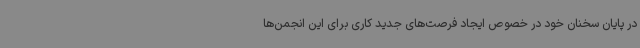
در پایان سخنان خود در خصوص ایجاد فرصت‌های جدید کاری برای این انجمن‌ها